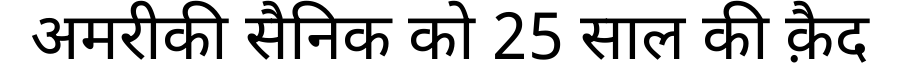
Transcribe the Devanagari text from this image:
अमरीकी सैनिक को 25 साल की क़ैद